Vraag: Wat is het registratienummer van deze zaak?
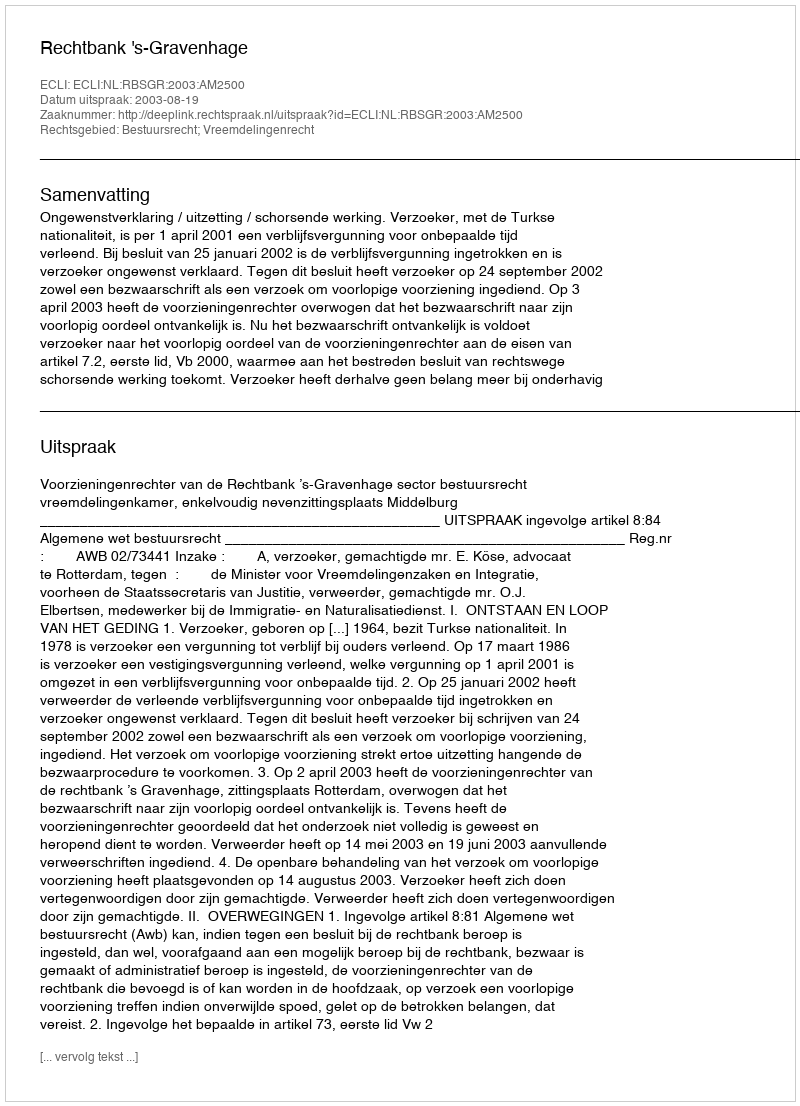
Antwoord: http://deeplink.rechtspraak.nl/uitspraak?id=ECLI:NL:RBSGR:2003:AM2500